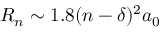
R _ { n } \sim 1 . 8 ( n - \delta ) ^ { 2 } a _ { 0 }